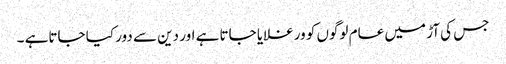
جس کی آڑ میں عام لوگوں کو ورغلایا جاتا ہے اور دین سے دور کیا جاتاہے ۔